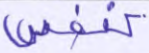
كنفس